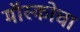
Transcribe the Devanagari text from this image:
मॉस्कोचा